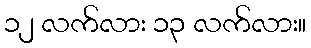
၁၂ လက်လား ၁၃ လက်လား။